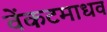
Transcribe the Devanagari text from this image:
वेंकटमाधव